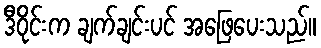
ဒီဝိုင်းက ချက်ချင်းပင် အဖြေပေးသည်။